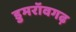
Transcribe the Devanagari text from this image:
डुमरॉवगढ़